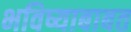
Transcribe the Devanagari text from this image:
भविष्याबाबत